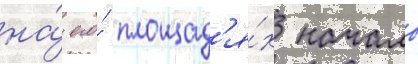
на́ его́ площад'я́х начало